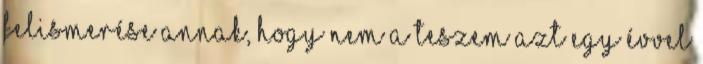
felismerése annak, hogy nem a teszem azt egy évvel